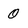
Character: 0